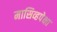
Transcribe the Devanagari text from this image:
मासिव्हपेक्षा